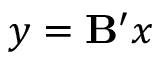
y = \mathbf { B ^ { \prime } } x